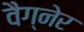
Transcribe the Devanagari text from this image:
वैग्नेर